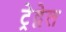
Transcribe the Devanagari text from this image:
ट्रेद्वेल